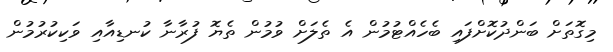
މިގޮތަށް ބަންދުކޮށްފައި ބެހެއްޓުމުން އެ ތެލަށް ވުމުން ތެޔޮ ފުރާނާ ކުނޑިއާއި ވަކިކުރުމުން